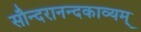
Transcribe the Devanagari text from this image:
सौन्दरानन्दकाव्यम्